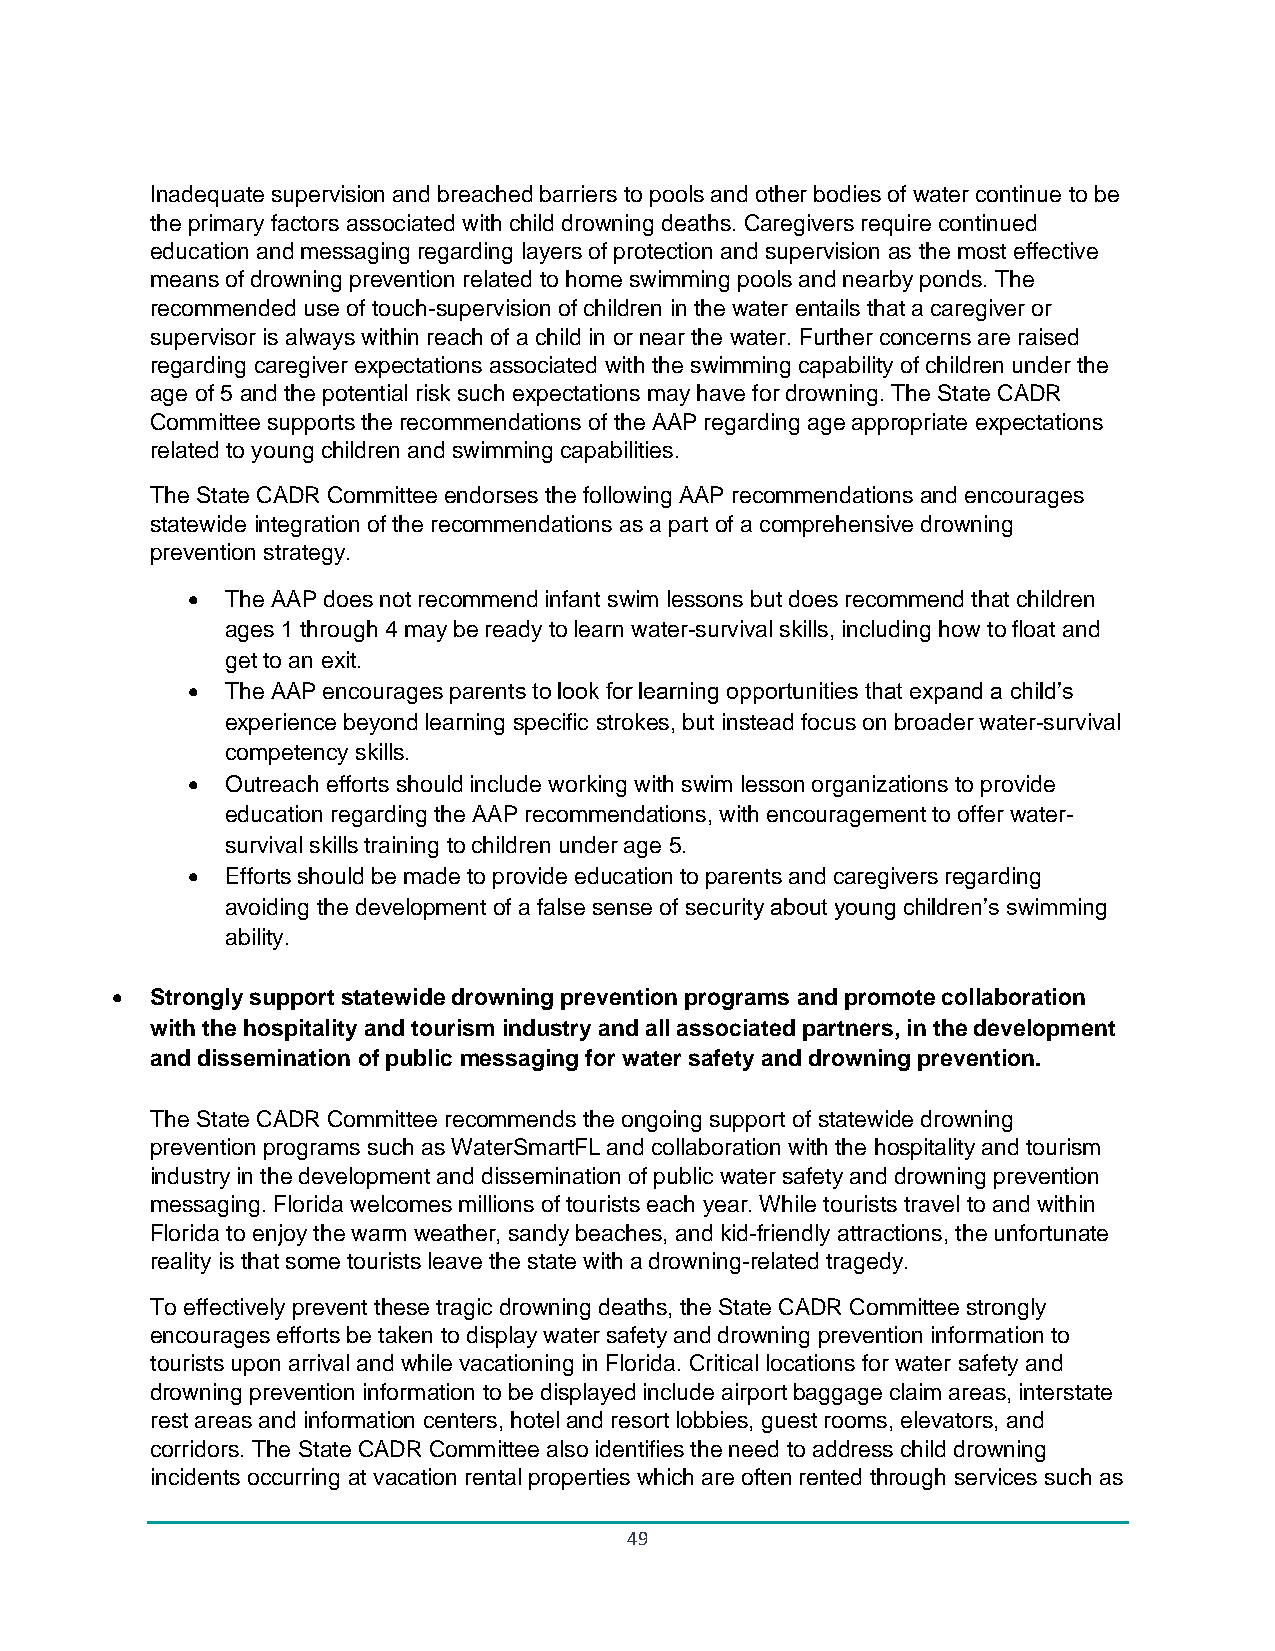
Inadequate supervision and breached barriers to pools and other bodies of water continue to be
 the primary factors associated with child drowning deaths. Caregivers require continued
 education and messaging regarding layers of protection and supervision as the most effective
 means of drowning prevention related to home swimming pools and nearby ponds. The
 recommended use of touch-supervision of children in the water entails that a caregiver or
 supervisor is always within reach of a child in or near the water. Further concerns are raised
 regarding caregiver expectations associated with the swimming capability of children under the
 age of 5 and the potential risk such expectations may have for drowning. The State CADR
 Committee supports the recommendations of the AAP regarding age appropriate expectations
 related to young children and swimming capabilities.
 The State CADR Committee endorses the following AAP recommendations and encourages
 statewide integration of the recommendations as a part of a comprehensive drowning
 prevention strategy.
 •  The AAP does not recommend infant swim lessons but does recommend that children
 ages 1 through 4 may be ready to learn water-survival skills, including how to float and
 get to an exit.
 •  The AAP encourages parents to look for learning opportunities that expand a child’s
 experience beyond learning specific strokes, but instead focus on broader water-survival
 competency skills.
 •  Outreach efforts should include working with swim lesson organizations to provide
 education regarding the AAP recommendations, with encouragement to offer water-
 survival skills training to children under age 5.
 •  Efforts should be made to provide education to parents and caregivers regarding
 avoiding the development of a false sense of security about young children’s swimming
 ability.
 •  Strongly support statewide drowning prevention programs and promote collaboration
 with the hospitality and tourism industry and all associated partners, in the development
 and dissemination of public messaging for water safety and drowning prevention.
 The State CADR Committee recommends the ongoing support of statewide drowning
 prevention programs such as WaterSmartFL and collaboration with the hospitality and tourism
 industry in the development and dissemination of public water safety and drowning prevention
 messaging. Florida welcomes millions of tourists each year. While tourists travel to and within
 Florida to enjoy the warm weather, sandy beaches, and kid-friendly attractions, the unfortunate
 reality is that some tourists leave the state with a drowning-related tragedy.
 To effectively prevent these tragic drowning deaths, the State CADR Committee strongly
 encourages efforts be taken to display water safety and drowning prevention information to
 tourists upon arrival and while vacationing in Florida. Critical locations for water safety and
 drowning prevention information to be displayed include airport baggage claim areas, interstate
 rest areas and information centers, hotel and resort lobbies, guest rooms, elevators, and
 corridors. The State CADR Committee also identifies the need to address child drowning
 incidents occurring at vacation rental properties which are often rented through services such as
 49